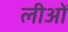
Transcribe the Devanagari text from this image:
लीओं